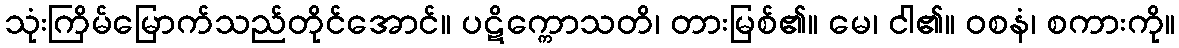
သုံးကြိမ်မြောက်သည်တိုင်အောင်။ ပဋိက္ကောသတိ၊ တားမြစ်၏။ မေ၊ ငါ၏။ ဝစနံ၊ စကားကို။